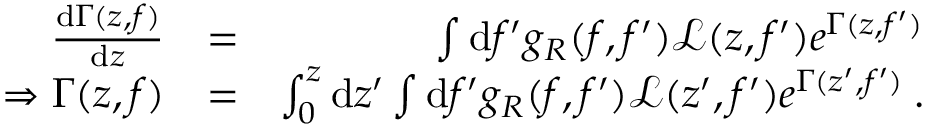
\begin{array} { r l r } { \frac { \mathrm { d } \Gamma ( z , f ) } { \mathrm { d } z } } & { = } & { \int \mathrm { d } f ^ { \prime } g _ { R } ( f , f ^ { \prime } ) \mathcal { L } ( z , f ^ { \prime } ) e ^ { \Gamma ( z , f ^ { \prime } ) } } \\ { \Rightarrow \Gamma ( z , f ) } & { = } & { \int _ { 0 } ^ { z } \mathrm { d } z ^ { \prime } \int \mathrm { d } f ^ { \prime } g _ { R } ( f , f ^ { \prime } ) \mathcal { L } ( z ^ { \prime } , f ^ { \prime } ) e ^ { \Gamma ( z ^ { \prime } , f ^ { \prime } ) } \: . } \end{array}